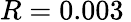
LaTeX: R=0.003\